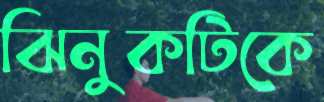
ঝিনুকটিকে